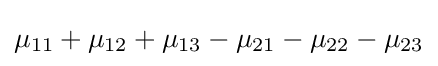
\mu _{11}+\mu _{12}+\mu _{13}-\mu _{21}-\mu _{22}-\mu _{23}